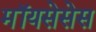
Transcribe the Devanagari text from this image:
मॉयसेसेस